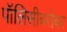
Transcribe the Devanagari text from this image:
पॉलिसीबरोबर